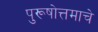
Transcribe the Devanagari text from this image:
पुरूषोत्तमाचे